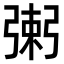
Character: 𢐌